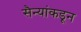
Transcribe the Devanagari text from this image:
सैन्यांकडून